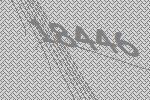
18446